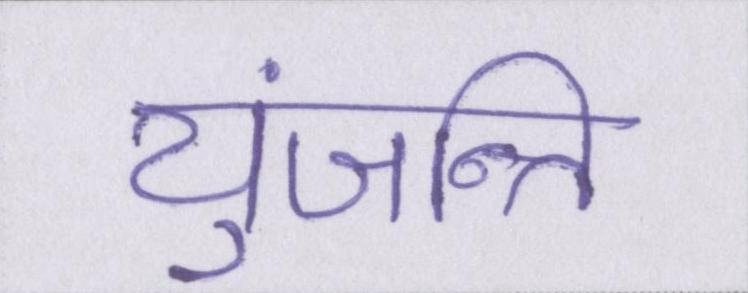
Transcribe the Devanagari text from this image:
युंजन्ति